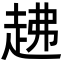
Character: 䞞